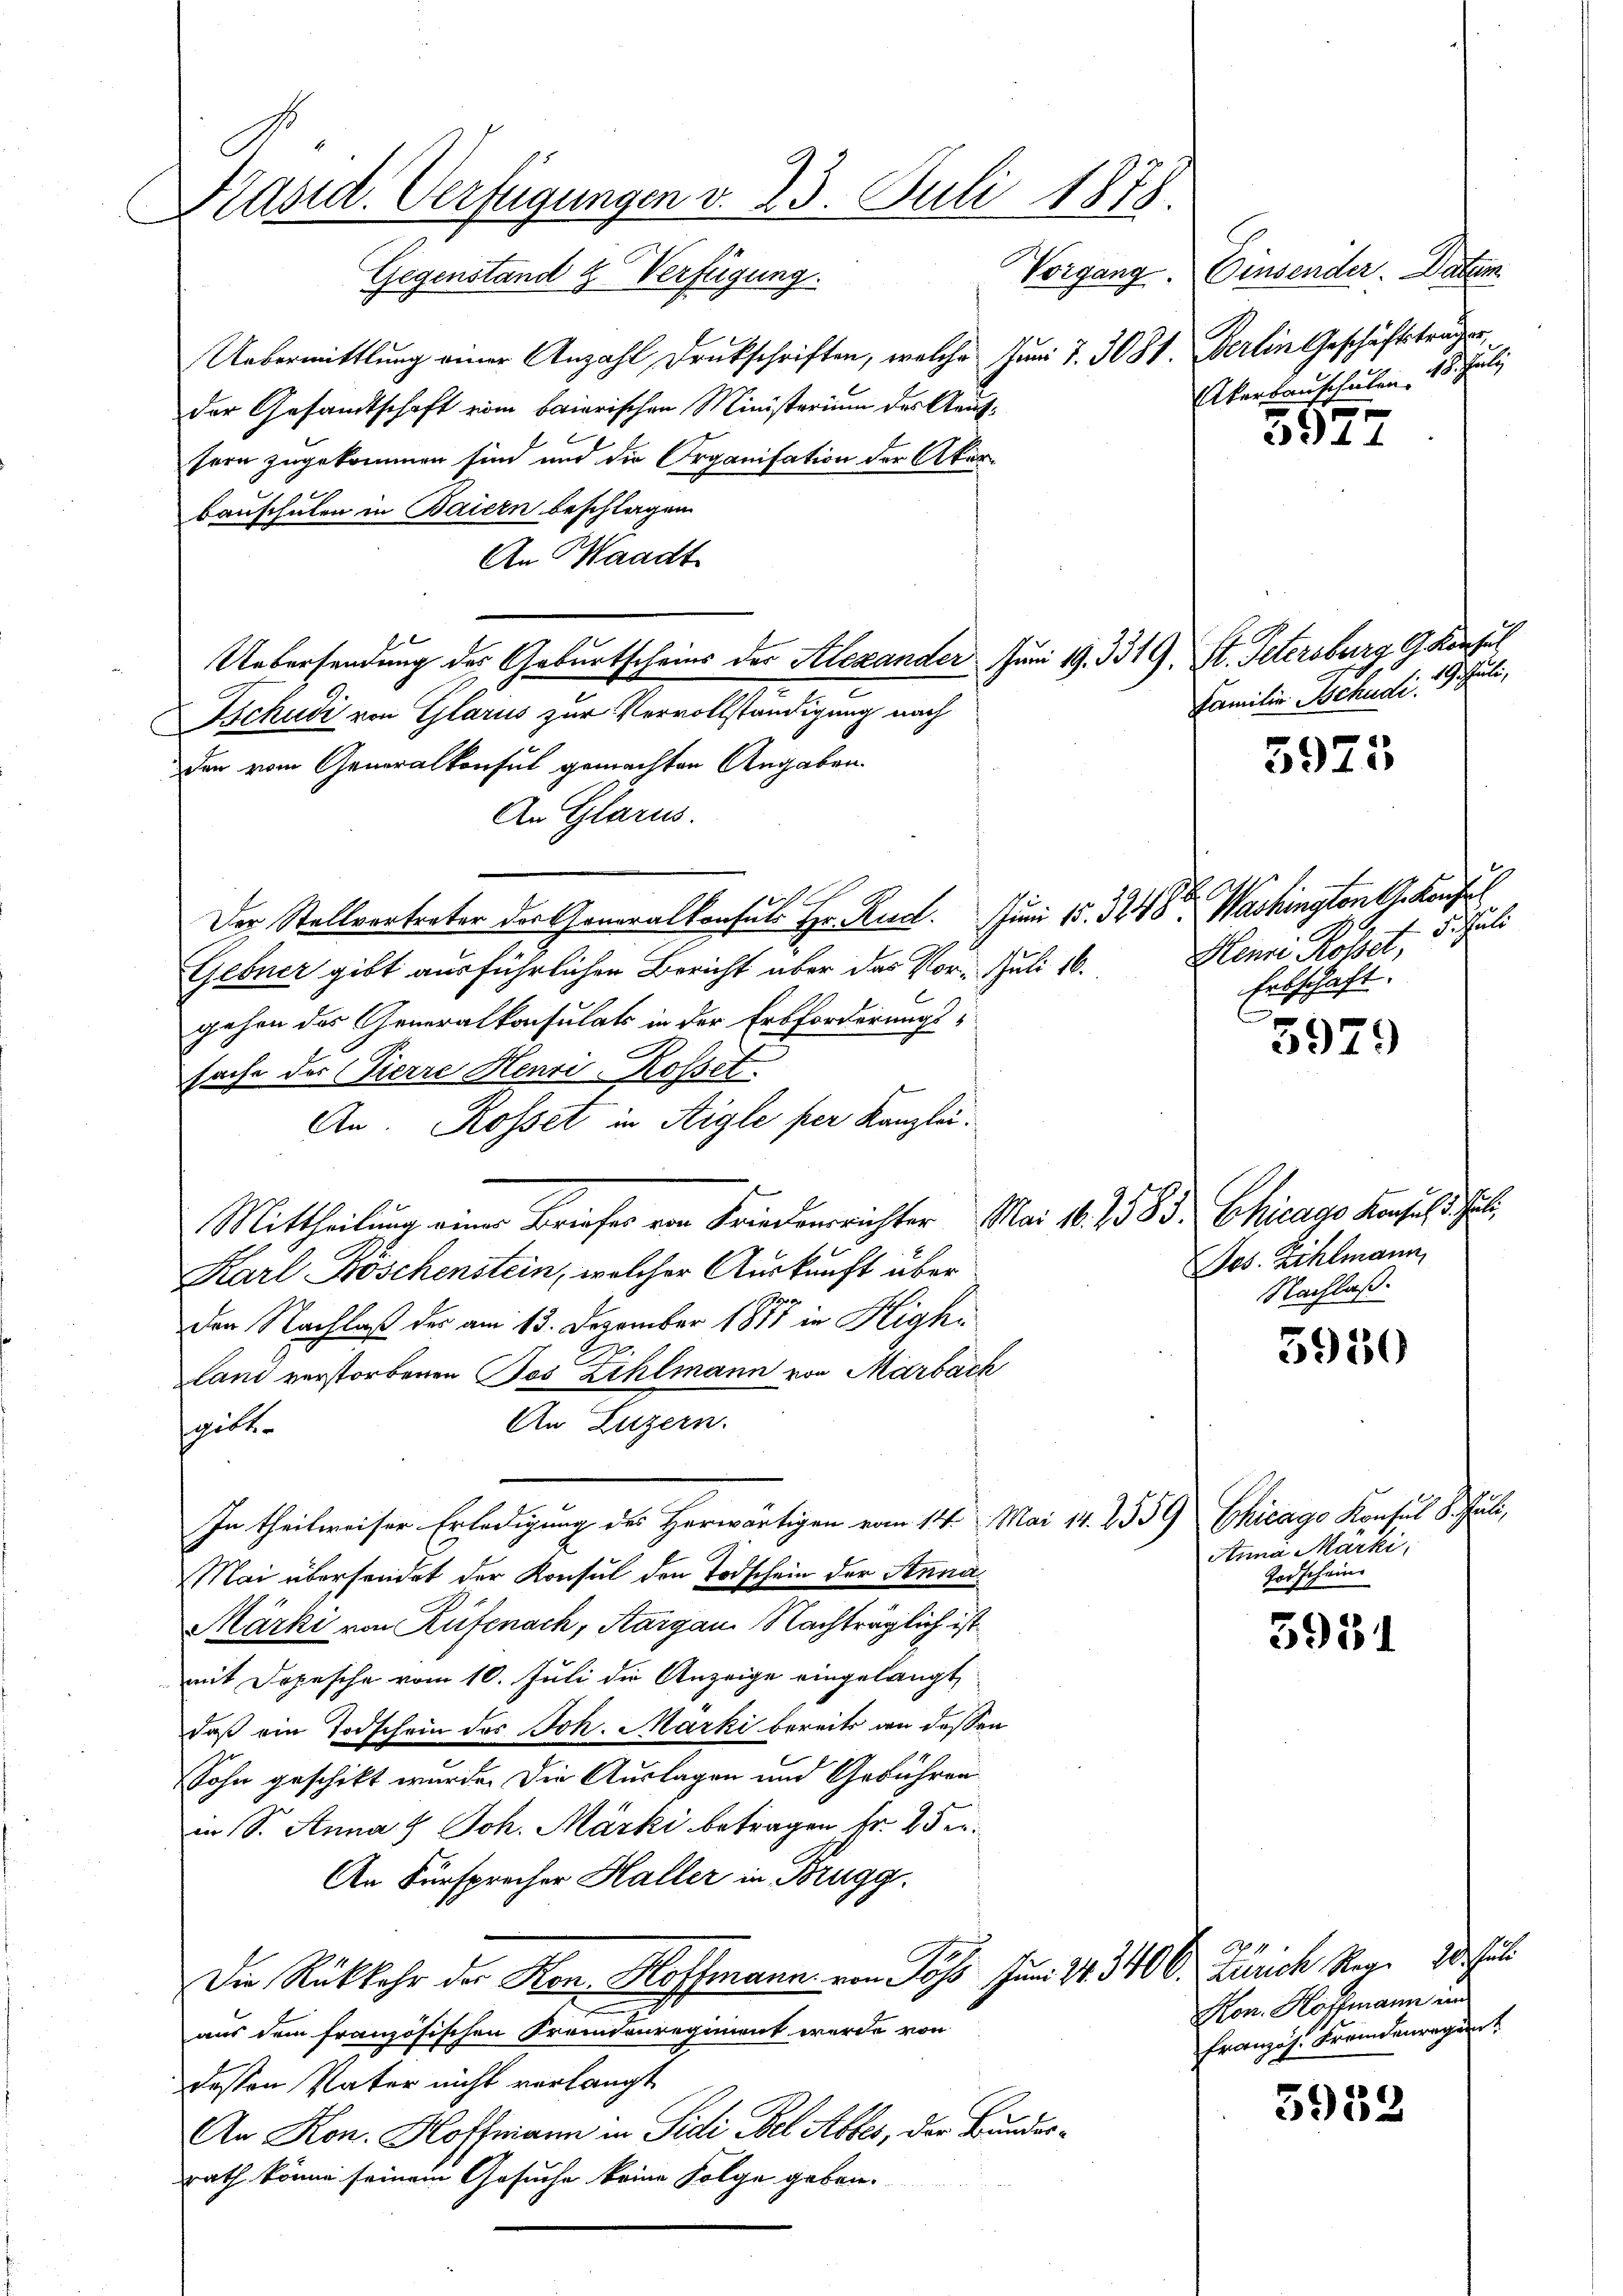
Präsid. Verfügungen v. 23. Juli 1878.
Vorgang.
Gegenstand & Verfügung.

Uebermittlung einer Anzahl Druckschriften, welche Juni 7. 300.
der Gesandtschaft vom baierischen Ministerium des Aaufsern zugekommen sind und die Organisation der Akorbauschulen in Baiern beschlagen
An Waadt
Uebersendung der Geburtscheins der Alexander Juni 19. 3319, St. Petersburg G konsul
Tschudi von Glarus zur Vervollständigung nach
den vom Generalkonsul gemachten Angaben
An Glarus.
Der Stellvertreter der Generalkonsuls Hr. Rud. Juni 15. 324 Washington G. Konsul
Gebner gibt ausführlichen Bericht über das Vor- Juli 16.
gehen des Generalkonsulats in der Erbforderungs-
sache der Pierre Henri-Rosset.
An. Rosset in Aigle per Kanzlei.
Mittheilung einer Briefer von Friedensrichter
Karl-Köschenstein, welcher Auskunft über
o
den Nachlaß des am 13. Dezember 1811 in High¬
2
land verstorbenen Tos Zihlmann von Marbach
An Luzern.
gibt
In theilweiser Erledigung des Herwärtigen vom 111. Mai 18. 2559 Chicago Konsul Schule,
Mai übersendet der Konsul den Todschein der Anna¬
Märki von Rufenach, Aargau Nachträglich ist
mit Depesche vom 10. Juli die Anzeige eingelangt
daß ein Todschein des Joh. Marki bereits an dessen
Sohn geschikt wurde. Die Auslagen und Gebühren
in S. Anna & Joh. Märki betragen Fr. 25 er¬
An Fürsprecher Haller in Brugg.
Die Rückkehr der Kon, Hoffmann von Joh. Juni 21. 340 C. Zürich Stern 20. Jul
aus dem französischen Fremdenregiment wurde von
deßen Vater nicht verlangt
An Kon. Hoffmann in Fidi Bel Abtes, der Bundesrath könne seinem Gesuche keine Folge geben.

Einsender. Datum
1. Berlin Geschäftsträgen,
Atertauschulen, 10 Ja

3577

Familie Schudi. 1. Juli,

5975

Memein Kostet, d. Juli
Erbschaft.

5979

Mai 16. 7583. Chicago Konsul d. J.
Jos. Zihlmann,
Nachlaß.

5950

Anna Märki,
Todschein

5951

5952

on. Hoffmann un
Französ. Fremdenregung